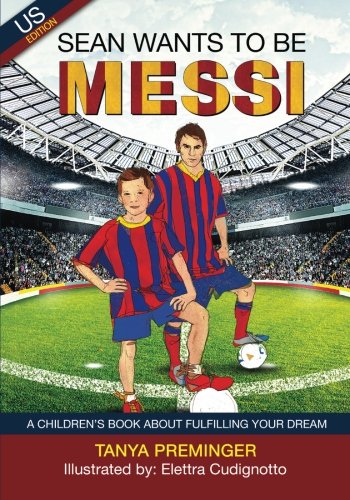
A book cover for Sean wants to be Messi: A fun picture book about soccer and inspiration for children ages 5-9. US edition; Tanya Preminger; Children's Books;